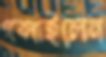
গলাইলেন